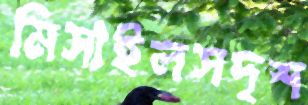
মিসাইলসদৃশ